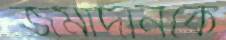
জমাদানকে